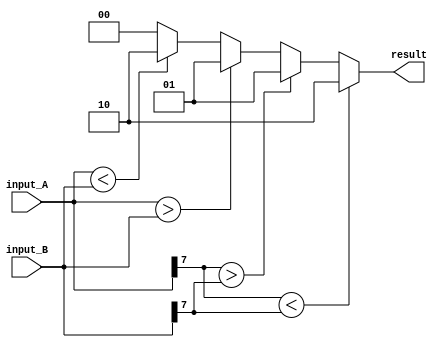
module signed_magnitude_comparator(
    input signed [7:0] input_A,
    input signed [7:0] input_B,
    output reg [1:0] result
);

always @(*) begin
    if(input_A[7] < input_B[7]) begin
        result = 2'b10; // A is greater than B
    end else if(input_A[7] > input_B[7]) begin
        result = 2'b01; // A is less than B
    end else begin
        if(input_A > input_B) begin
            result = 2'b01; // A is less than B
        end else if(input_A < input_B) begin
            result = 2'b10; // A is greater than B
        end else begin
            result = 2'b00; // A is equal to B
        end
    end
end

endmodule